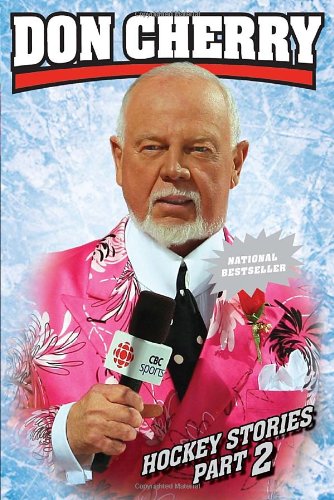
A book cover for Don Cherry's Hockey Stories, Part 2; Don Cherry; Biographies & Memoirs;